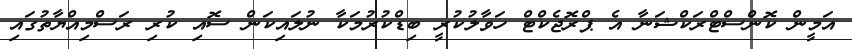
އަމީން ކޮންސްޓްރަކްޝަނާ އެ ޕްރޮޖެކްޓް ހަވާލުކުރީ ބިޑްކުރުމަކާ ނުލައިކަން ސޮއި ކުރި ރަސްމިއްޔާތުގައި